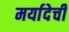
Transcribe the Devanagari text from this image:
मर्यादेची